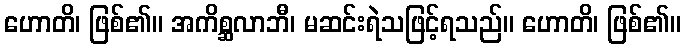
ဟောတိ၊ ဖြစ်၏။ အကိစ္ဆလာဘီ၊ မဆင်းရဲသဖြင့်ရသည်။ ဟောတိ၊ ဖြစ်၏။